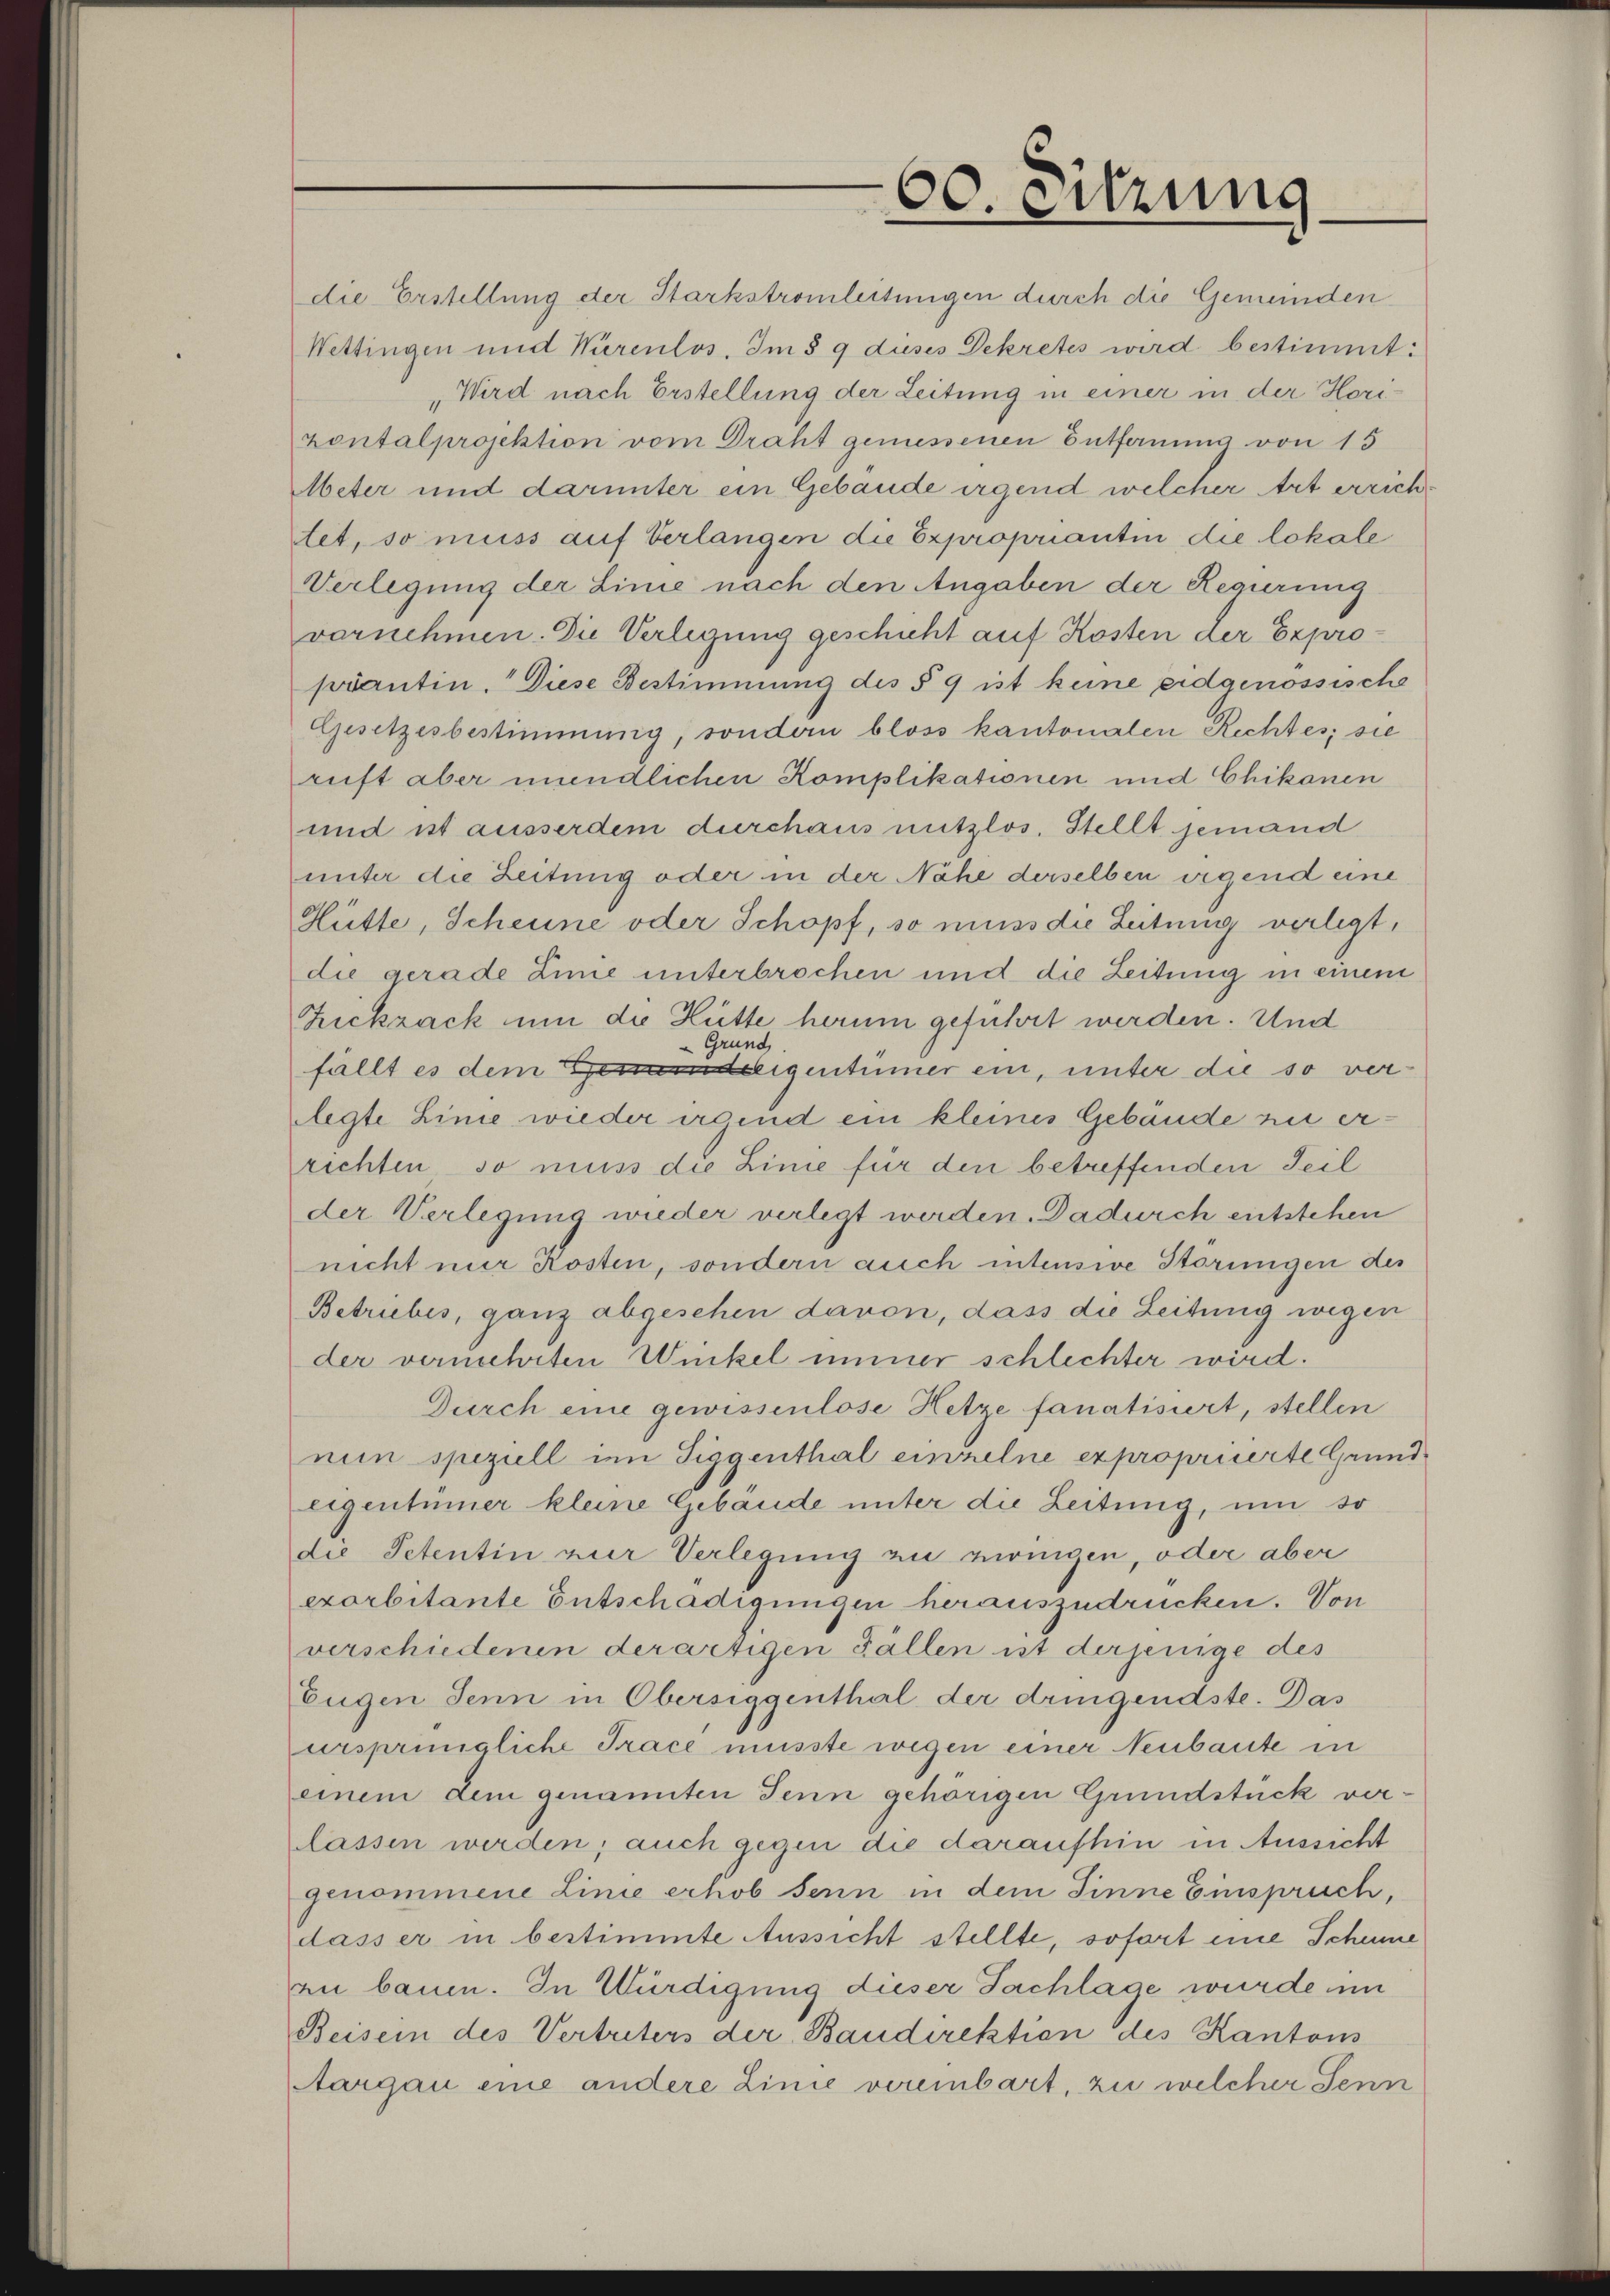
die Erstellung der Starkstromleitungen durch die Gemeinden
Wettingen und Würenlos. Im § 9 dieses Dekretes wird bestimmt:
Wird nach Erstellung der Leitung in einer in der Horipontalprojektion vom Draht gemessenen Entfernung von 15
Meter und darunter ein Gebäude irgend welcher Art errichtet, so muss auf Verlangen die Expropriantin die lokale
Verlegung der Linie nach den Angaben der Regierung
vernehmen. Die Verlegung geschicht auf Kosten der Exproprantin. Diese Bestimmung des § 9 ist keine eidgenössische
Gesetzesbestimmung, sondern bloss kantonalen Rechtes; sie
ruft aber mündlichen Komplikationen und Chikanen
und ist ausserdem durchaus nutzlos. Stellt jemand
unter die Zeitung oder in der Nähe derselben irgend eine
Hütte, Scheune oder Schopf, so muss die Leitung verlegt,
die gerade Linie unterbrochen und die Zeitung in einem
Zickzack um die Hütte herum geführt werden. Und
Grund
fällt es dem Herrn eigentümer ein, unter die so verlegte Linie wieder irgend ein kleines Gebäude zu errichten so muss die Linie für den betreffenden Teil
der Verlegung wieder verlegt werden. Dadurch entstehen
nicht nur Kosten, sondern auch intensive Störungen des
Betriebes, ganz abgesehen davon, dass die Leitung wegen
der vermehrten Winkel immer schlechter wird.
Durch eine gewissenlose Hetze fanatisiert, stellen
nun speziell im Siggenthal einzelne expropriierte Grundeigentümer kleine Gebäude unter die Leitung, um so
die Petentin zur Verlegung zu eringen, oder aber
exorbitante Entschädigungen herauszudrücken. Von
verschiedenen derartigen Fällen ist derjenige des
Eugen Senn in Obersiggenthal der dringendste. Das
ursprinigliche Trace müsste wegen einer Neubaute in
einem dem genannten Jenn gehörigen Grundstück verlassen werden; auch gegen die daraufhin in Aussicht
genommene Linie erhob sein in dem Sinne Einspruch,
dass er in bestimmte Aussicht stellte, sofort eine Scheine
au bauen. In Würdigung dieser Fachlage wurde un
Beisein des Vertreters der Baudirektion des Kantons
Aargau eine andere Linie vereinbart, zu welcher Senn

60. Sitzung